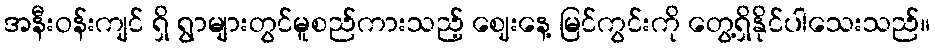
အနီးဝန်းကျင် ရှိ ရွာများတွင်မူစည်ကားသည့် ဈေးနေ့ မြင်ကွင်းကို တွေ့ရှိနိုင်ပါသေးသည်။